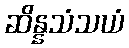
ဆိန္နသံသယံ